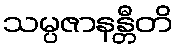
သမ္ပဇာနန္တီတိ